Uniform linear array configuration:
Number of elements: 16
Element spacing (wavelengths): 1
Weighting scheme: binomial
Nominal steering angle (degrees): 60
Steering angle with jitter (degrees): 59.49
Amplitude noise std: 0.05
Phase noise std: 0.05

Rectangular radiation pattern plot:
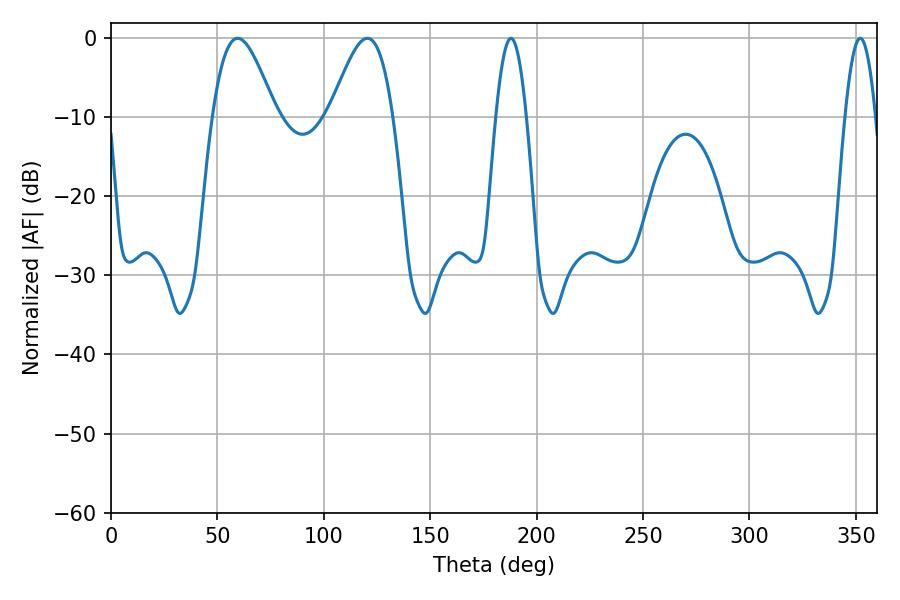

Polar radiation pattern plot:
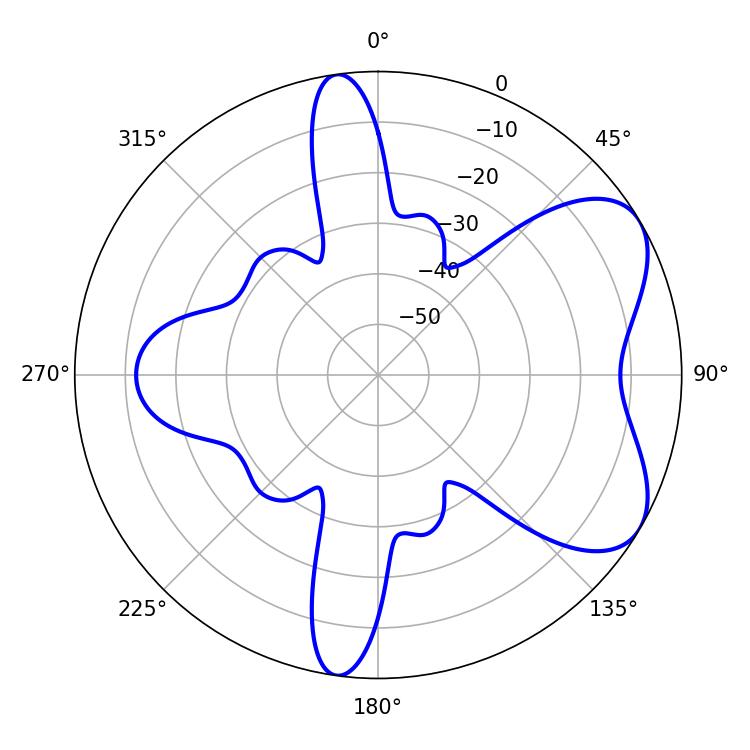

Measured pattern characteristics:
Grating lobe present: TRUE
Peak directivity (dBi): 6.123
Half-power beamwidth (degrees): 7.74
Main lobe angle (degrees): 187.92